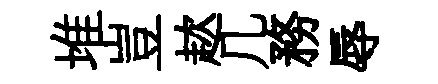
堆豈趑几務辱